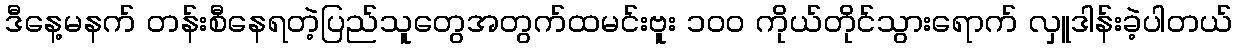
ဒီနေ့မနက် တန်းစီနေရတဲ့ပြည်သူတွေအတွက်ထမင်းဗူး ၁၀၀ ကိုယ်တိုင်သွားရောက် လှူဒါန်းခဲ့ပါတယ်